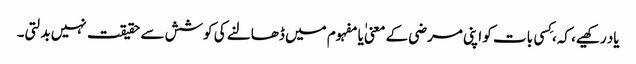
یاد رکھیے، کہ، کِسی بات کو اپنی مرضی کے معنی ٰیا مفہوم میں ڈھالنے کی کوشش سے حقیقت نہیں بدلتی۔